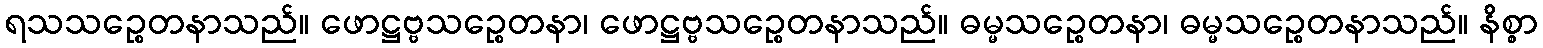
ရသသဉ္စေတနာသည်။ ဖောဋ္ဌဗ္ဗသဉ္စေတနာ၊ ဖောဋ္ဌဗ္ဗသဉ္စေတနာသည်။ ဓမ္မသဉ္စေတနာ၊ ဓမ္မသဉ္စေတနာသည်။ နိစ္စာ